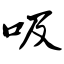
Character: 吸